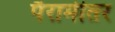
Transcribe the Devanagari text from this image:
पैरामीतर